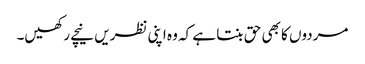
مردوں کا بھی حق بنتا ہے کہ وہ اپنی نظریں نیچے رکھیں۔